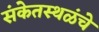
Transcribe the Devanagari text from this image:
संकेतस्थळंचे